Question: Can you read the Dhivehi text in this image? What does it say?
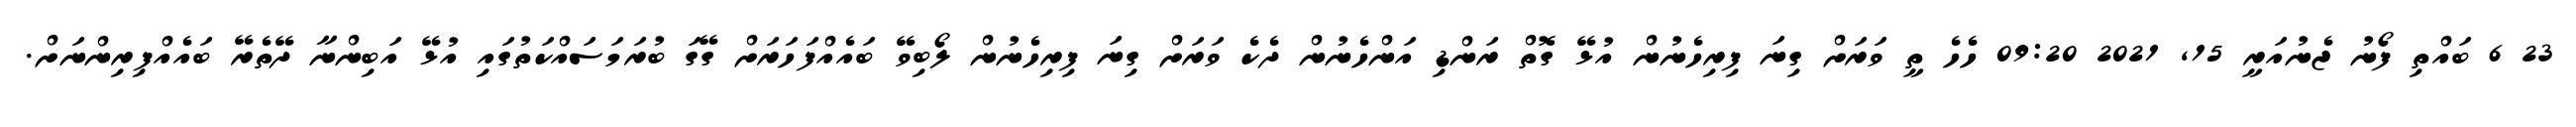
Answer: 23 6 ބައްތި ފޯނު ޖެނުއަރީ 15, 2021 09:20 ހެހެ ތީ ވަރަށް ގިނަ ފިރިހެނުން އުޅޭ ގޮތް ރަންޑި އަންހެނުން ދެކެ ވަރަށް ގިނަ ފިރިހެނުން ލޯބިވޭ ބައެއްފަހަރަށް ގޭގަ ބުރަމަސައްކަތުގައި އުޅޭ އަބިންނާ ދޭތެރޭ ބައެއްފިރިންނަށް.